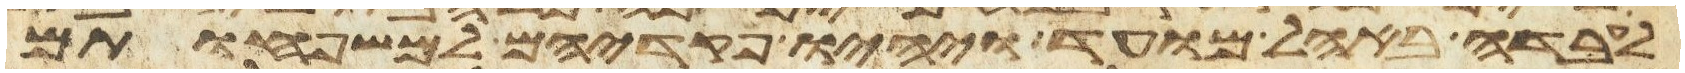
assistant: לעבדה באהל מועד ויהיו פקדיהם למשפחותם